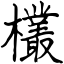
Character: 欉